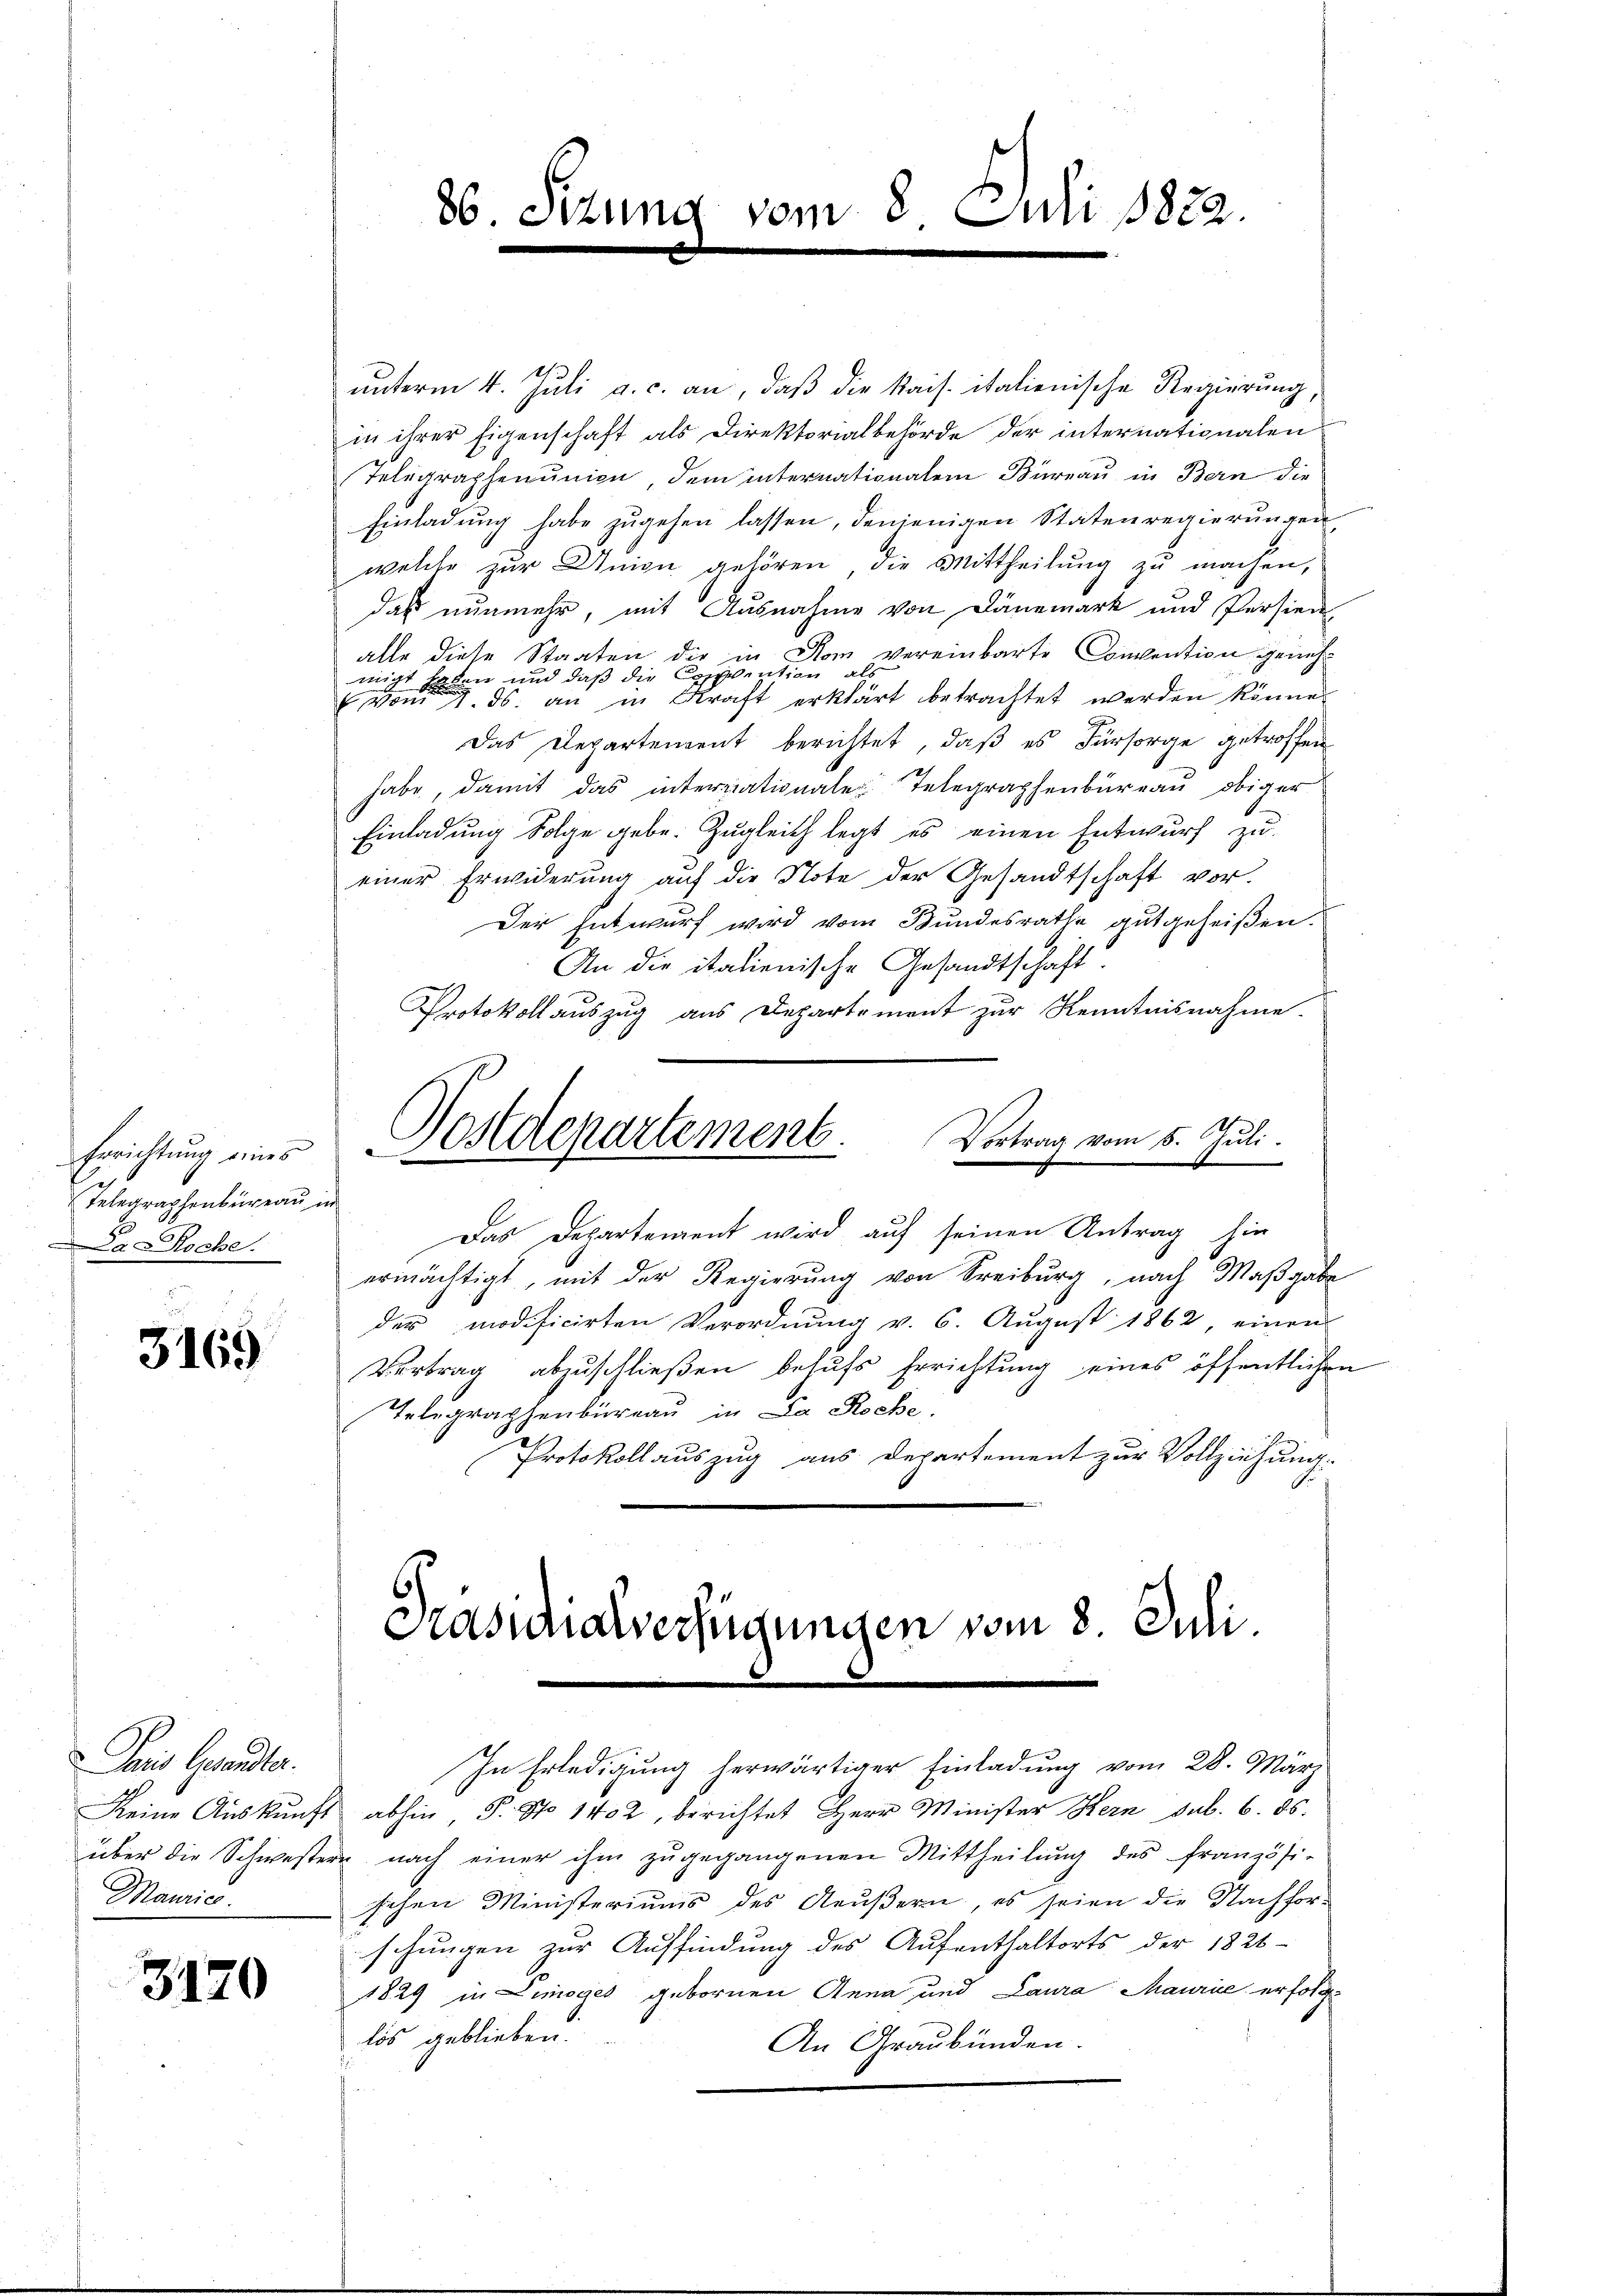
Errichtung eines
Telegraphenbureau in
1
La Roche.

3169

Paris Gesandter.
Keine Auskunft
über die Schweste
Maurico.

3170

86. Sizung vom 8 Juli 1822.

unterm 4. Juli a. c. an, daß die Kais. italienische Regierung,
in ihrer Eigenschaft als Direktorialbehörde der internationalen
Telegraphenunion dem Internationalem Büreau in Bern die
Einladung habe zugehen lassen, denjenigen Statenregierungen
welche zur Union gehören, die Mittheilung zu machen,
daß nunmehr, mit Ausnahme von Dänemark und Persien
alle diese Staaten die in Rom vereinbarte Comention genehmigt haben und daß die Copention als
vom 7. ds. an in Kraft erklärt betrachtet werden könne.
Das Departement berichtet, daß es Fürsorge getroffen
habe, damit das interriationale Telegraphenbureau obiger
Einladung Folge gebe. Zugleich legt es einen Entwurf zu
einer Erwiderung auf die Note der Gesandtschaft vor.
Der Entwurf wird vom Bundesrathe gutgeheißen.
An die italienische Gesandtschaft.
Protokollauszug aus Departement zur Kenntnisnahme.
Vortrag vom 5. Juli.
Postdepartement.
Das Departement wird auf seinen Antrag hin
ermächtigt, mit der Regierung von Freiburg, nach Maßgabe
der modificirten Verordnung v. 6. August 1862, einen
Vertrag abzuschließen behufs Errichtung eines öffentlichen
Telegraphenbureau in La Roche
Protokollauszug aus Departement zur Vollziehung.

Präsidialverfügungen vom 8. Juli.
In Erledigung herwärtiger Einladung vom 28. März

abhin, P. No 1402, berichtet Herr Minister Hern sub. 6. ds.
e nach einer ihm zŭgegangenen Mittheilŭng des französi-
schen Ministeriums des Aeußern, es seien die Nachforschungen zur Auffindung des Aufenthaltorts der 1826
1829 in Limoges gebornen Anna und Laura Maurie erfolg
lös geblieben.
An Graubünden.